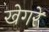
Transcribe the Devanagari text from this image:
खेगरे